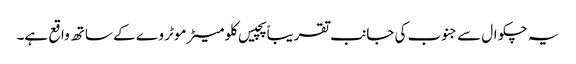
یہ چکوال سے جنوب کی جانب تقریباً پچیس کلو میٹر موٹر وے کے ساتھ واقع ہے۔